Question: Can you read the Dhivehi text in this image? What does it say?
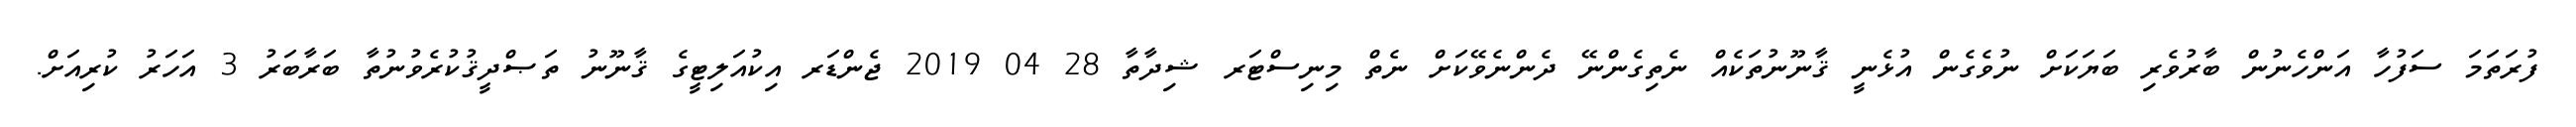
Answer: ފުރަތަމަ ސަފުހާ އަންހެނުން ބާރުވެރި ބަޔަކަށް ނުވެގެން އުޅެނީ ޤާނޫނުތަކެއް ނެތިގެންނޭ ދެންނެވޭކަށް ނެތް މިނިސްޓަރ ޝިދާތާ 28 04 2019 ޖެންޑަރ އިކުއަލިޓީގެ ޤާނޫނު ތަޞްދީޤުކުރެވުނުތާ ބަރާބަރު 3 އަހަރު ކުރިއަށް.